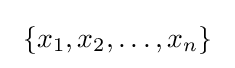
\ \{x_{1},x_{2},\ldots ,x_{n}\}~